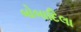
બોબાદિલા